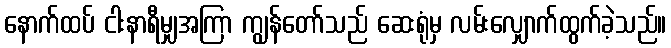
နောက်ထပ် ငါးနာရီမျှအကြာ ကျွန်တော်သည် ဆေးရုံမှ လမ်းလျှောက်ထွက်ခဲ့သည်။